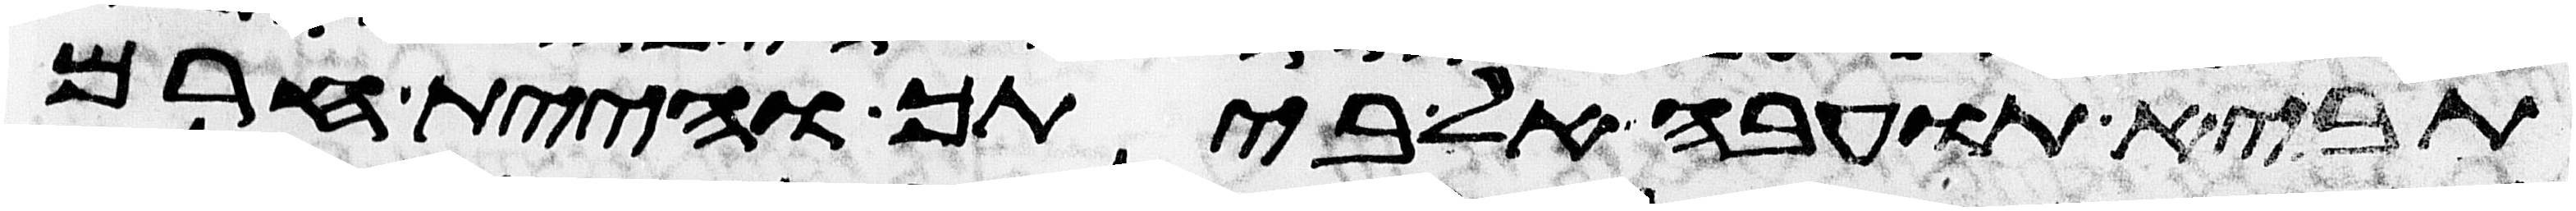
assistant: תביא תועבה אל ביתך והיית חרם